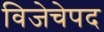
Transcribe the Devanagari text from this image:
विजेचेपद